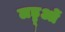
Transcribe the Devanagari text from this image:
लड्डूओं